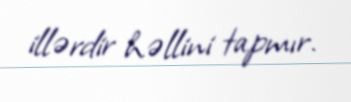
illərdir həllini tapmır.